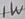
Text: 1W